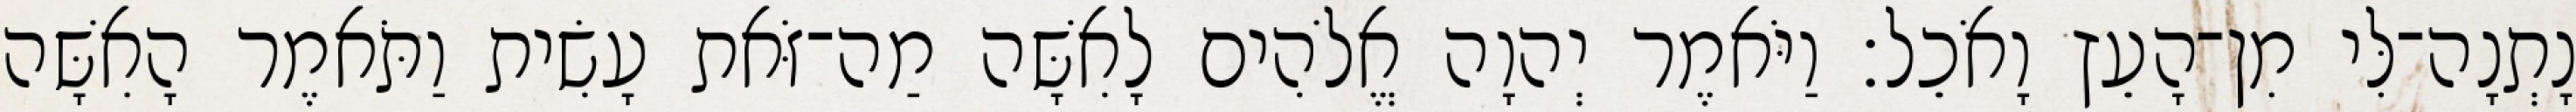
נָתְנָה־לִּי מִן־הָעֵץ וָאֹכֵל׃ וַיֹּאמֶר יְהוָה אֱלֹהִים לָאִשָּׁה מַה־זֹּאת עָשִׂית וַתֹּאמֶר הָאִשָּׁה